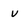
Character: U